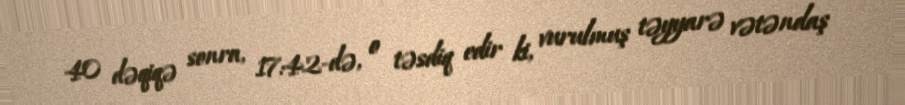
40 dəqiqə sonra, 17:42-də, o təsdiq edir ki, vurulmuş təyyarə vətəndaş